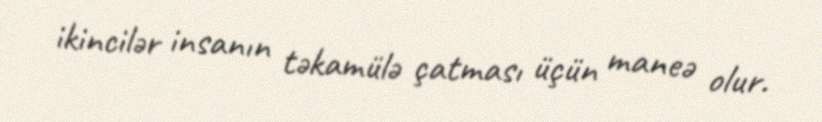
ikincilər insanın təkamülə çatması üçün maneə olur.